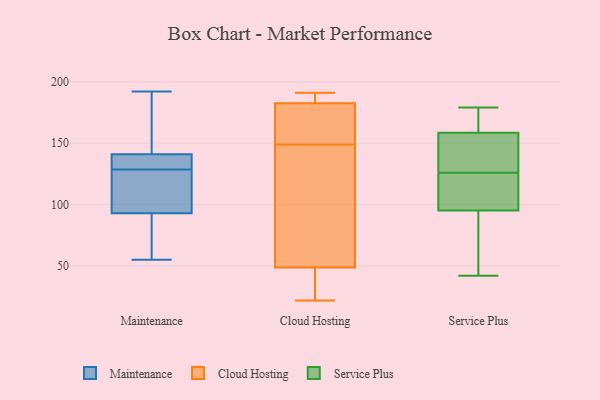
{"axis": {"x": "Bounce Rate (%)", "y": "Value"}, "legend": ["Cloud Hosting", "Maintenance", "Service Plus"], "data": [{"x": "", "y": 132, "type": "Maintenance"}, {"x": "", "y": 117, "type": "Maintenance"}, {"x": "", "y": 82, "type": "Maintenance"}, {"x": "", "y": 93, "type": "Maintenance"}, {"x": "", "y": 175, "type": "Maintenance"}, {"x": "", "y": 55, "type": "Maintenance"}, {"x": "", "y": 136, "type": "Maintenance"}, {"x": "", "y": 192, "type": "Maintenance"}, {"x": "", "y": 141, "type": "Maintenance"}, {"x": "", "y": 125, "type": "Maintenance"}, {"x": "", "y": 191, "type": "Cloud Hosting"}, {"x": "", "y": 185, "type": "Cloud Hosting"}, {"x": "", "y": 99, "type": "Cloud Hosting"}, {"x": "", "y": 146, "type": "Cloud Hosting"}, {"x": "", "y": 149, "type": "Cloud Hosting"}, {"x": "", "y": 178, "type": "Cloud Hosting"}, {"x": "", "y": 183, "type": "Cloud Hosting"}, {"x": "", "y": 22, "type": "Cloud Hosting"}, {"x": "", "y": 32, "type": "Cloud Hosting"}, {"x": "", "y": 181, "type": "Cloud Hosting"}, {"x": "", "y": 24, "type": "Cloud Hosting"}, {"x": "", "y": 42, "type": "Service Plus"}, {"x": "", "y": 127, "type": "Service Plus"}, {"x": "", "y": 122, "type": "Service Plus"}, {"x": "", "y": 179, "type": "Service Plus"}, {"x": "", "y": 150, "type": "Service Plus"}, {"x": "", "y": 90, "type": "Service Plus"}, {"x": "", "y": 179, "type": "Service Plus"}, {"x": "", "y": 84, "type": "Service Plus"}, {"x": "", "y": 122, "type": "Service Plus"}, {"x": "", "y": 171, "type": "Service Plus"}, {"x": "", "y": 154, "type": "Service Plus"}, {"x": "", "y": 154, "type": "Service Plus"}, {"x": "", "y": 80, "type": "Service Plus"}, {"x": "", "y": 119, "type": "Service Plus"}, {"x": "", "y": 126, "type": "Service Plus"}, {"x": "", "y": 160, "type": "Service Plus"}, {"x": "", "y": 179, "type": "Service Plus"}, {"x": "", "y": 63, "type": "Service Plus"}, {"x": "", "y": 111, "type": "Service Plus"}]}